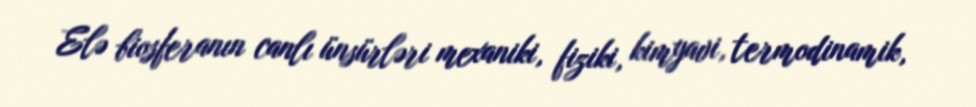
Elə biosferanın canlı ünsürləri mexaniki, fiziki, kimyavi, termodinamik,